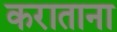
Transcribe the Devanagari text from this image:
कराताना